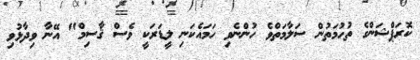
ކޮރަޕްޝަންގެ ތުހުމަތުން ސަލާމަތްވެ ހުންނެވި ހަމައެކަނި ލީޑަރަކީ ވެސް ޤާސިމް" އޭނާ ވިދާޅުވި